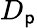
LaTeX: D_{\mathsf{p}}